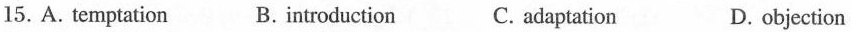
15.A. temptation B. introduction C. adaptation D.objection